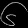
Digit: ၆